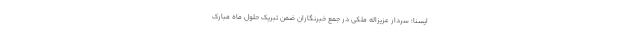
ایسنا؛ سردار عزیزاله ملکی در جمع خبرنگاران ضمن تبریک حلول ماه مبارک